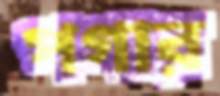
পগার